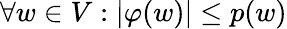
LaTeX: \forall w\in V:|\varphi(w)|\leq p(w)